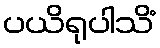
ပယိရုပါသိံ